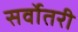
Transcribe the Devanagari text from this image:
सर्वोतरी